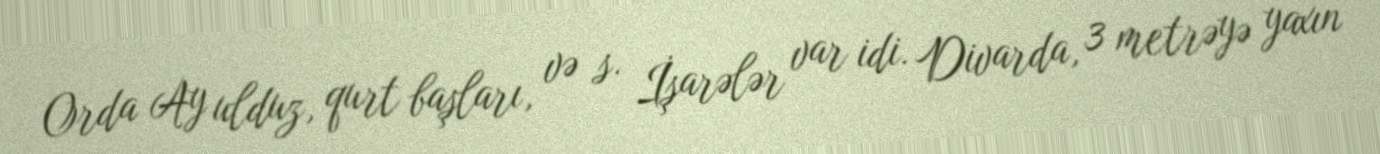
Orda Ay ulduz, qurt başları, və s. İşarələr var idi. Divarda, 3 metrəyə yaxın